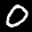
Label: 0